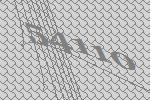
54110